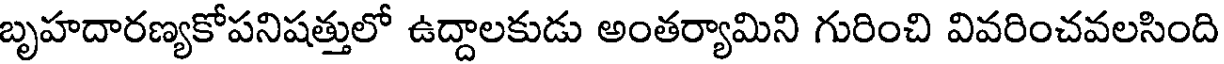
బృహదారణ్యకోపనిషత్తులో ఉద్దాలకుడు అంతర్యామిని గురించి వివరించవలసింది